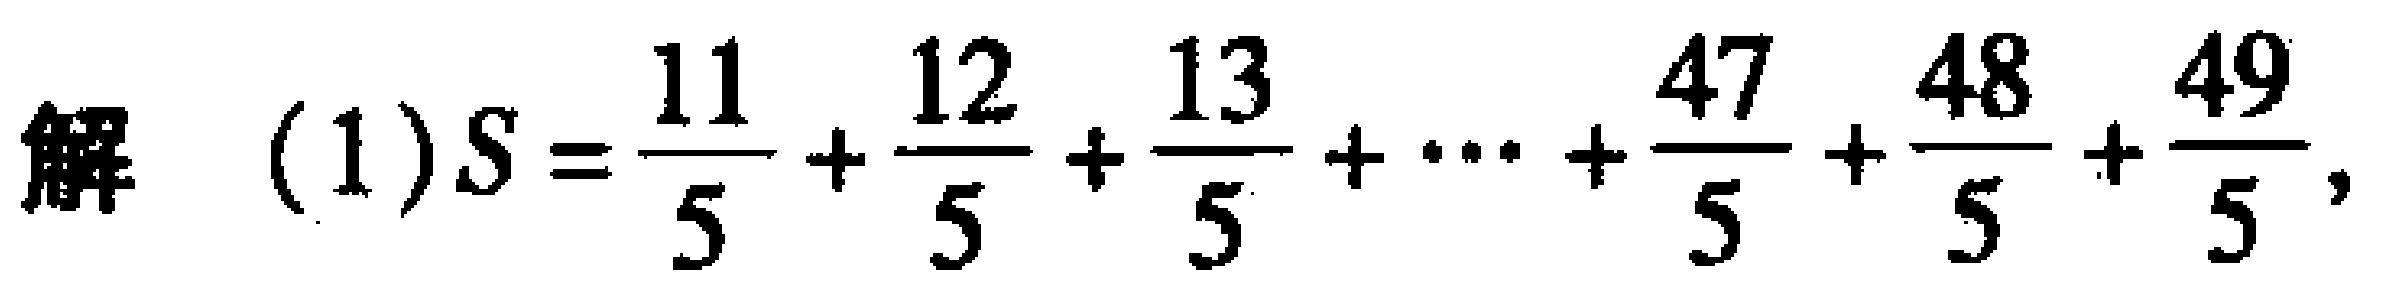
解 (1)$S = \frac{11}{5} + \frac{12}{5} + \frac{13}{5} + \cdots + \frac{47}{5} + \frac{48}{5} + \frac{49}{5},$